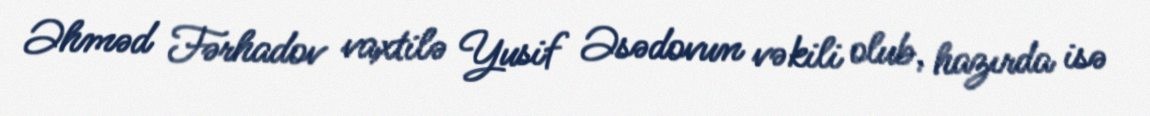
Əhməd Fərhadov vaxtilə Yusif Əsədovun vəkili olub, hazırda isə